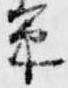
篥